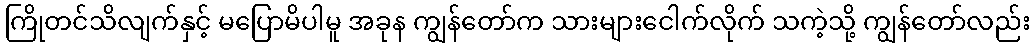
ကြိုတင်သိလျက်နှင့် မပြောမိပါမူ အခုန ကျွန်တော်က သားများငေါက်လိုက် သကဲ့သို့ ကျွန်တော်လည်း